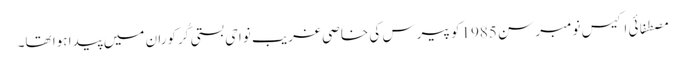
مصطفائی اکیس نومبر سن 1985کو پیرس کی خاصی غریب نواحی بستی کُرکوران میں پیدا ہوا تھا۔